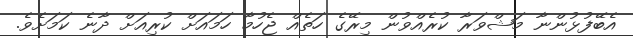
އެބޭފުޅުންނާ މަޝްވަރާ ކުރެއްވުން މިރޭގެ ހަތެއް ޖެހުމާ ހަމައަށް ކުރިއަށް ދާނެ ކަމަށެވެ.